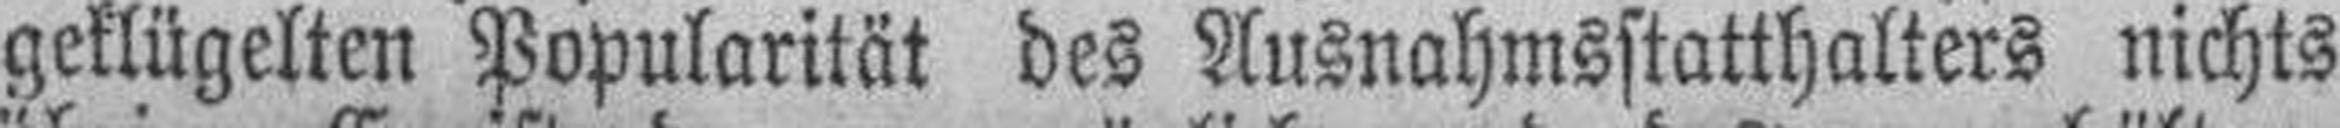
geklügelten Popularität des Ausnahmsstatthalters nichts